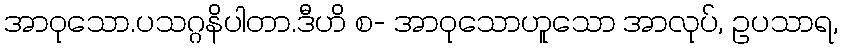
အာဝုသော.ပသဂ္ဂနိပါတာ.ဒီဟိ စ- အာဝုသောဟူသော အာလုပ်, ဥပသာရ,